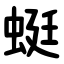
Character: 蜓